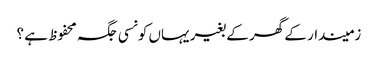
زمیندار کے گھر کے بغیر یہاں کونسی جگہ محفوظ ہے ؟